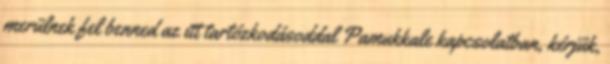
merülnek fel benned az itt tartózkodásoddal Pamukkale kapcsolatban, kérjük,